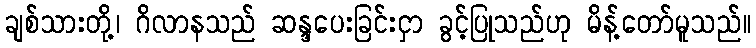
ချစ်သားတို့၊ ဂိလာနသည် ဆန္ဒပေးခြင်းငှာ ခွင့်ပြုသည်ဟု မိန့်တော်မူသည်။